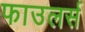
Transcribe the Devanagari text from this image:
फाउलर्स